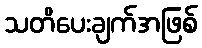
သတိပေးချက်အဖြစ်